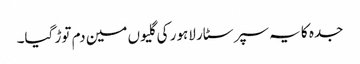
جدہ کا یہ سپر سٹار لاہور کی گلیوں مین دم توڑ گیا۔